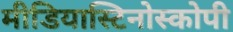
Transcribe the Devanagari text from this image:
मीडियास्टिनोस्कोपी